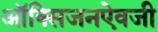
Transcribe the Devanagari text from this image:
ऑक्सिजनऐवजी